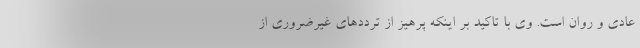
عادی و روان است. وی با تاکید بر اینکه پرهیز از ترددهای غیرضروری از